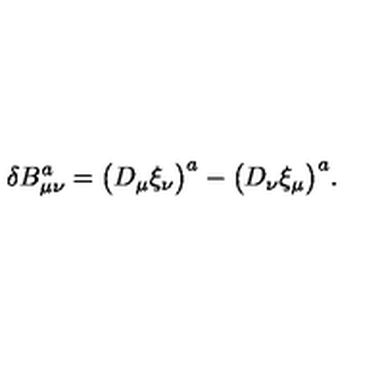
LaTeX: \delta B _ { \mu \nu } ^ { a } = \bigl ( D _ { \mu } \xi _ { \nu } \bigr ) ^ { a } - \bigl ( D _ { \nu } \xi _ { \mu } \bigr ) ^ { a } .